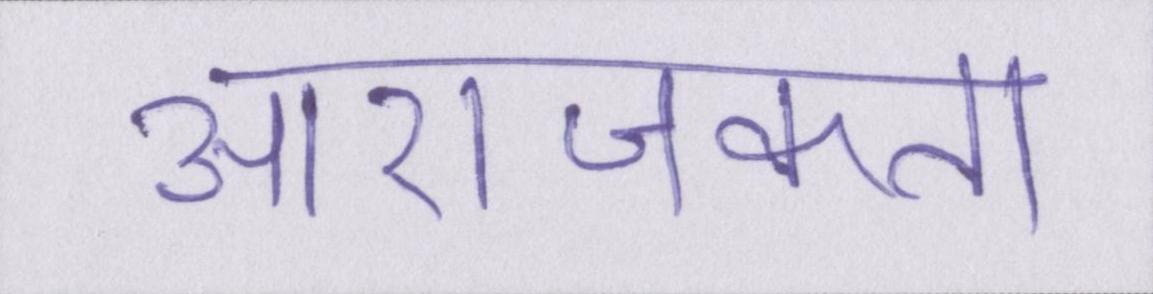
आराजकता